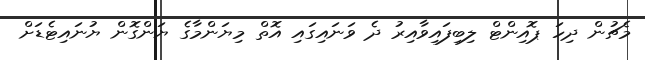
މެޗުން ދިހަ ޕޮއިންޓް ލިބިފައިވާއިރު ދެ ވަނައިގައި އޮތް މިޔަންމާގެ ޔަންގޮން ޔުނައިޓެޑަށް